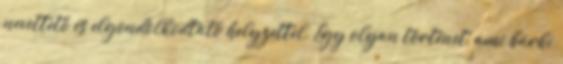
nevettető és elgondolkodtató helyzettel. Egy olyan történet, ami bárki